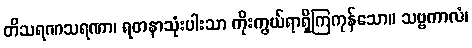
တိသရဏသရဏာ၊ ရတနာသုံးပါးသာ ကိုးကွယ်ရာရှိကြကုန်သော။ သဗ္ဗကာလံ၊